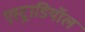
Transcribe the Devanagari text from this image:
एस्ट्राडियॉल